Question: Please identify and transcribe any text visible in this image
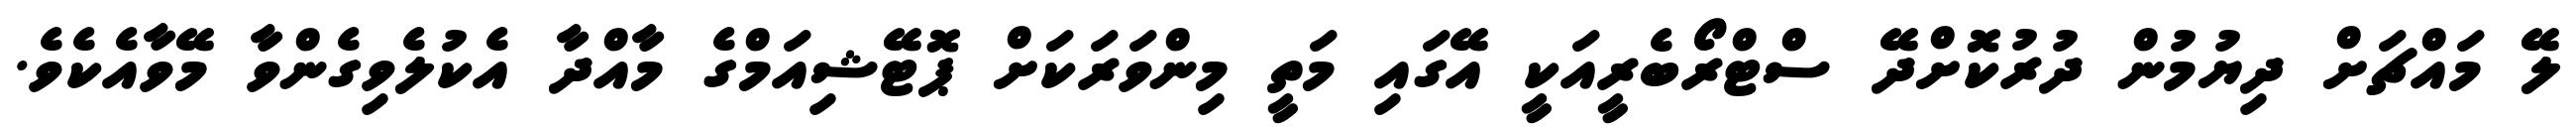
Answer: ލޭ މައްޗަށް ދިޔުމުން ދުރުކޮށްދޭ ސްޓްރޯބެރީއަކީ އޭގައި މަތީ މިންވަރަކަށް ޕޮޓޭޝިއަމްގެ މާއްދާ އެކުލެވިގެންވާ މޭވާއެކެވެ.